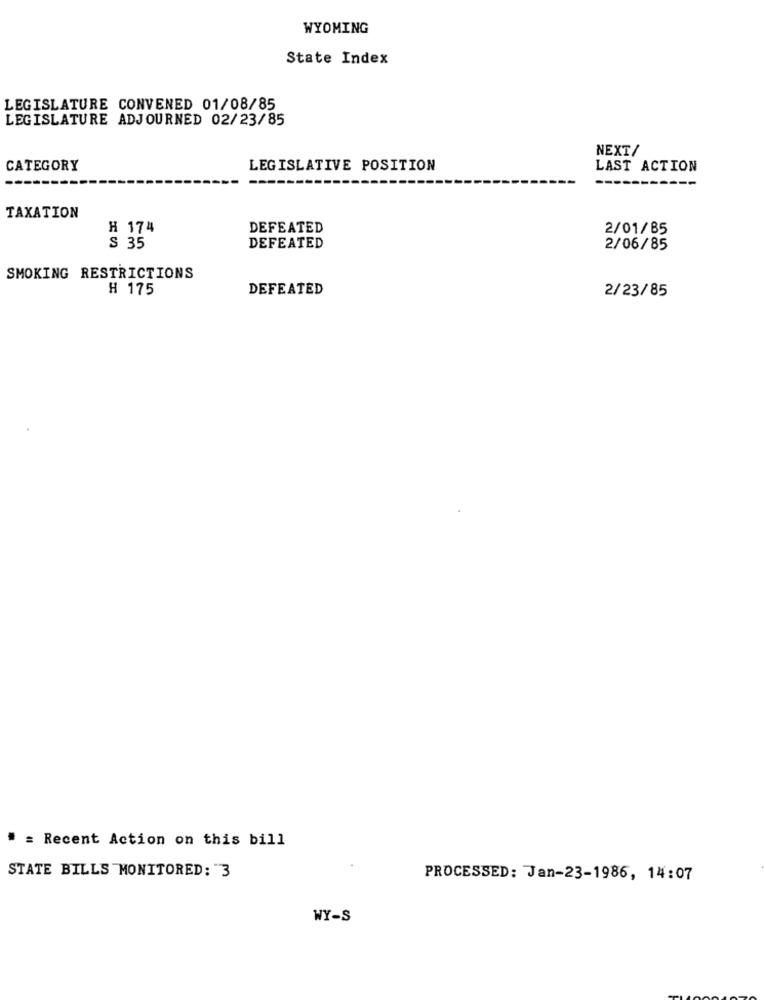
WYOMING
State Index
LEGISLATURE CONVENED 01/08/85
LEGISLATURE ADJOURNED 02/23/85
NEXT/
CATEGORY
LEGISLATIVE POSITION
LAST ACTION
TAXATION
H 174
DEFEATED
2/01/85
$ 35
DEFEATED
2/06/85
SMOKING RESTRICTIONS
H 175
DEFEATED
2/23/85
# = Recent Action on this bill
STATE BILLS MONITORED: 3
PROCESSED: Jan-23-1986, 14:07
WY-S